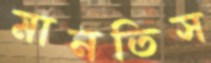
মানতিস